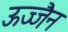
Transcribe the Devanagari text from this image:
ऊज्जैन